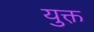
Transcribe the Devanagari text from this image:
युक्त़